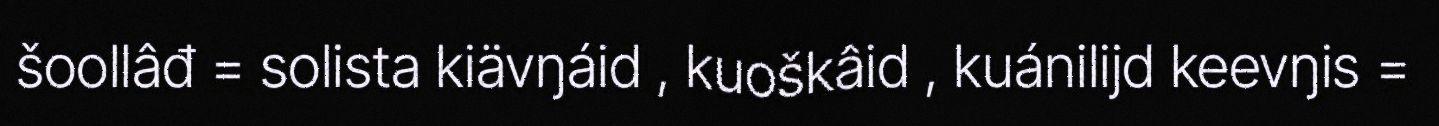
šoollâđ = solista kiävŋáid , kuoškâid , kuánilijd keevŋis =